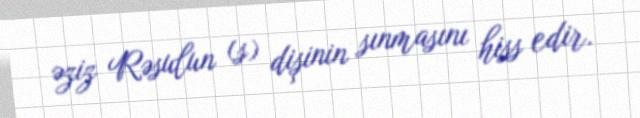
əziz Rəsulun (s) dişinin sınmasını hiss edir.